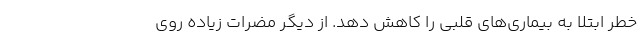
خطر ابتلا به بیماری‌های قلبی را کاهش دهد. از دیگر مضرات زیاده روی